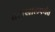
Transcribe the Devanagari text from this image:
तटाखालपर्यंत